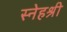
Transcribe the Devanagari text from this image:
स्नेहश्री